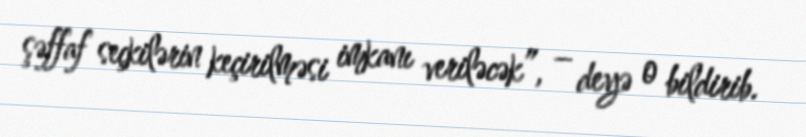
şəffaf seçkilərin keçirilməsi imkanı veriləcək”, – deyə o bildirib.